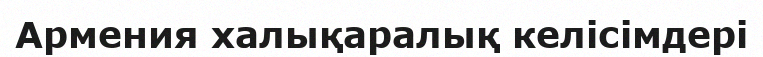
Армения халықаралық келісімдері